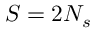
S = 2 N _ { s }